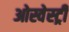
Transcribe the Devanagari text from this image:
ओस्वेस्ट्री